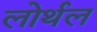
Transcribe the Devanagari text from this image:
लोर्थल